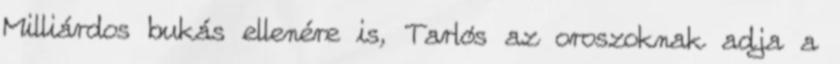
Milliárdos bukás ellenére is, Tarlós az oroszoknak adja a